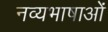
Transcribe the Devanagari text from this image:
नव्यभाषाओं